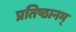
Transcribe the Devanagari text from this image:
प्रतिष्ठानम्